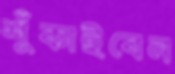
শুঁকাইবেন